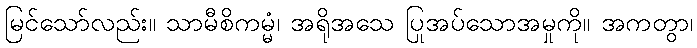
မြင်သော်လည်း။ သာမီစိကမ္မံ၊ အရိုအသေ ပြုအပ်သောအမှုကို။ အကတွာ၊